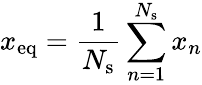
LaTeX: x_{\mathrm{{eq}}}=\frac{1}{N_{\mathrm{s}}}\sum_{n=1}^{N_{\mathrm{s}}}x_{n}